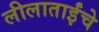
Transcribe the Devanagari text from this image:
लीलाताईंचे